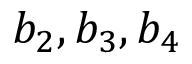
b _ { 2 } , b _ { 3 } , b _ { 4 }